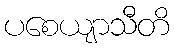
ပစေယျာသီတိ